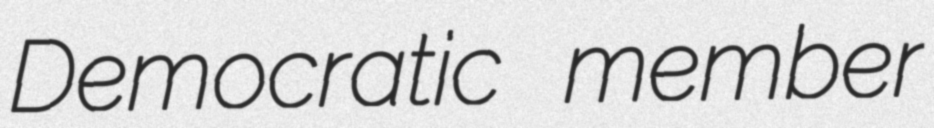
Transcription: Democratic member